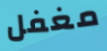
مغفل